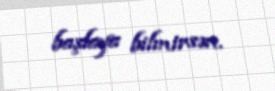
başlaya bilmirsən.